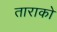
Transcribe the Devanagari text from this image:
ताराको